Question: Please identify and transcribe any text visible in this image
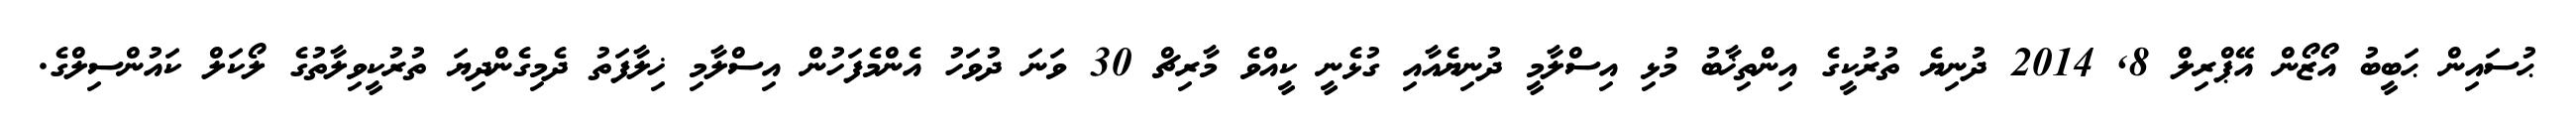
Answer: ޙުސައިން ޙަބީބު އޯޒޯން އޭޕްރިލް 8, 2014 ދުނިޔެ ތުރުކީގެ އިންތިޚާބު މުޅި އިސްލާމީ ދުނިޔެއާއި ގުޅެނީ ކީއްވެ މާރިޗް 30 ވަނަ ދުވަހު އެންމެފަހުން އިސްލާމި ޚިލާފަތު ދެމިގެންދިޔަ ތުރުކީވިލާތުގެ ލޯކަލް ކައުންސިލްގެ.